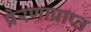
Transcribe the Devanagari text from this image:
प्रेरणाप्राप्त